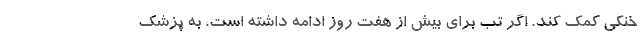
خنکی کمک کند. اگر تب برای بیش از هفت روز ادامه داشته است، به پزشک